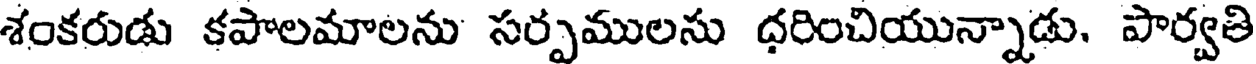
శంకరుడు కపాలమాలను సర్పములను ధరించియున్నాడు. పార్వతి